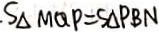
S _ { \Delta } M Q P = S _ { \Delta } P B N